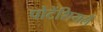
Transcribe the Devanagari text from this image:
पोटेंशियलें